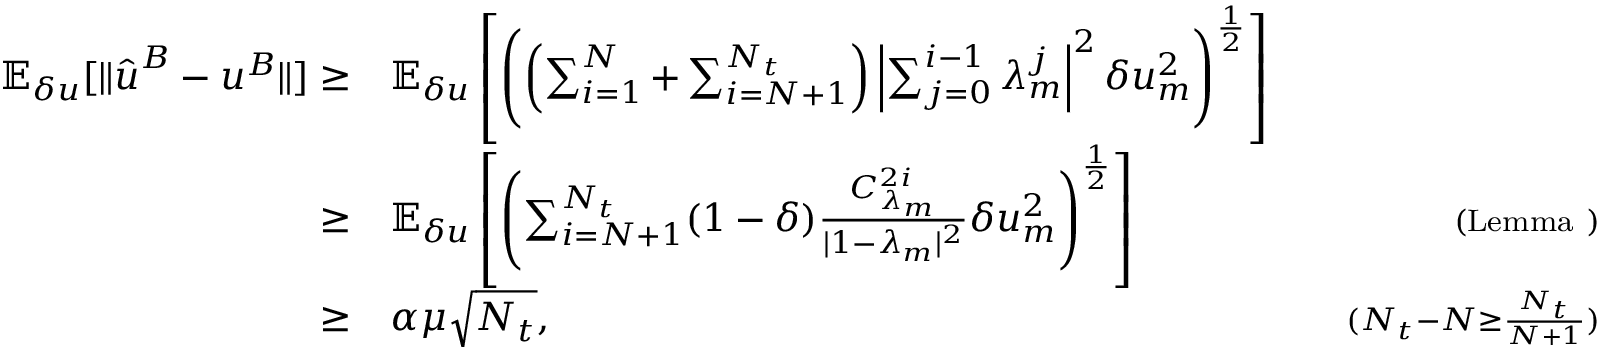
\begin{array} { r l r } { \mathbb { E } _ { \delta u } [ \| \hat { \boldsymbol { u } } ^ { B } - \boldsymbol { u } ^ { B } \| ] \ge } & { \mathbb { E } _ { \delta u } \left[ \left( \left( \sum _ { i = 1 } ^ { N } + \sum _ { i = N + 1 } ^ { N _ { t } } \right) \left| \sum _ { j = 0 } ^ { i - 1 } \lambda _ { m } ^ { j } \right| ^ { 2 } \delta u _ { m } ^ { 2 } \right) ^ { \frac { 1 } { 2 } } \right] } & \\ { \ge } & { \mathbb { E } _ { \delta u } \left[ \left( \sum _ { i = N + 1 } ^ { N _ { t } } ( 1 - \delta ) \frac { C _ { \lambda _ { m } } ^ { 2 i } } { | 1 - \lambda _ { m } | ^ { 2 } } \delta u _ { m } ^ { 2 } \right) ^ { \frac { 1 } { 2 } } \right] } & { \quad { \scriptstyle ( \mathrm { L e m m a ~ } ) } } \\ { \ge } & { \alpha \mu \sqrt { N _ { t } } , } & { \quad { \scriptstyle ( N _ { t } - N \ge \frac { N _ { t } } { N + 1 } ) } } \end{array}